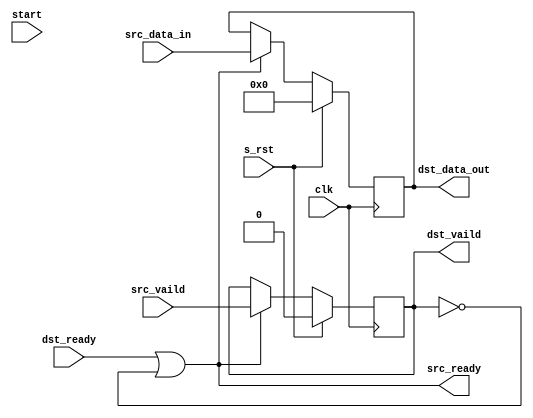
// -----------------------------------------------------------------------------
// Copyright (c) 2014-2022 All rights reserved
// -----------------------------------------------------------------------------
// wechat : wxz18066913150
// Create : 2022-08-24 14:36:36
// Revise : 2022-08-24 14:36:36
// Editor : sublime text3, tab size (4)
// -----------------------------------------------------------------------------
module Forward_Registered_v3#( 
	parameter	WIDTH = 8 ,
	parameter 	DEPTH = 256 
	)
(
	clk,
	s_rst,
	start,
	src_vaild,
	src_data_in,

	src_ready,

	dst_ready,

	dst_vaild,
	dst_data_out

	);
input						clk			;
input						s_rst		;
input						start		;
input						src_vaild	;
input		[WIDTH-1:0]		src_data_in ;
input						dst_ready	;

output	reg					dst_vaild	;
output	reg	[WIDTH-1:0]		dst_data_out;
output						src_ready 	;



always @(posedge clk) begin
	if (s_rst == 1'b1)
		dst_vaild <= 'd0;
	else if(src_ready)
		dst_vaild <= src_vaild;

end


always @(posedge clk) begin
	if (s_rst == 1'b1)
		dst_data_out <= 'd0;
	else if(src_ready)
		dst_data_out <= src_data_in;

end



assign src_ready = dst_ready | ~dst_vaild;

endmodule